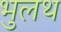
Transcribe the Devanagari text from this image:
भुलथ